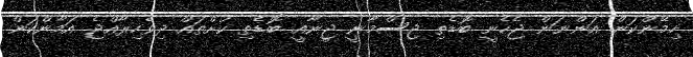
ހިމޭންކަން އަންނަން ޖެހެނީ ބޮޑެތި ޖިސްމާނީ ޖީނާއީ ބޮޑެތި ކުށްތައް ދިވެހިރާއްޖެ އަމާންކަން